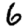
Digit: 6